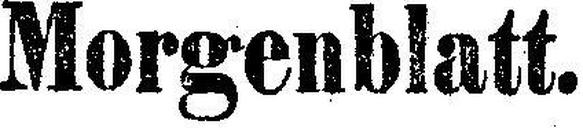
Morgenblatt.